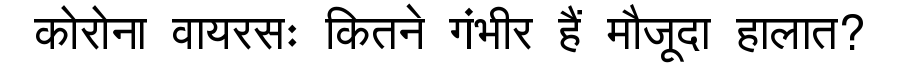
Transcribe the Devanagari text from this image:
कोरोना वायरसः कितने गंभीर हैं मौजूदा हालात?